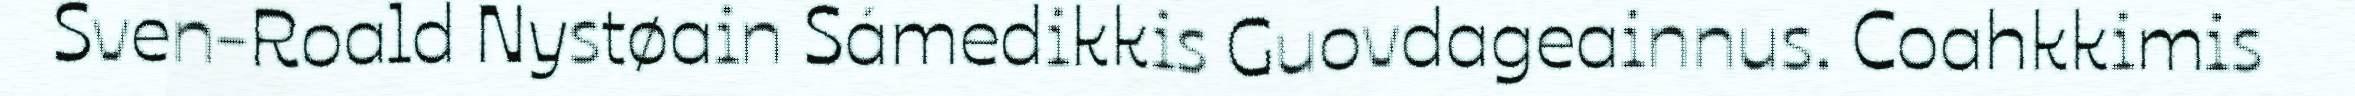
Sven-Roald Nystøain Sámedikkis Guovdageainnus. Coahkkimis